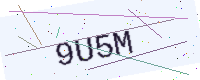
Text: 9U5M